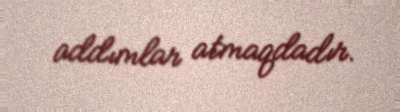
addımlar atmaqdadır.